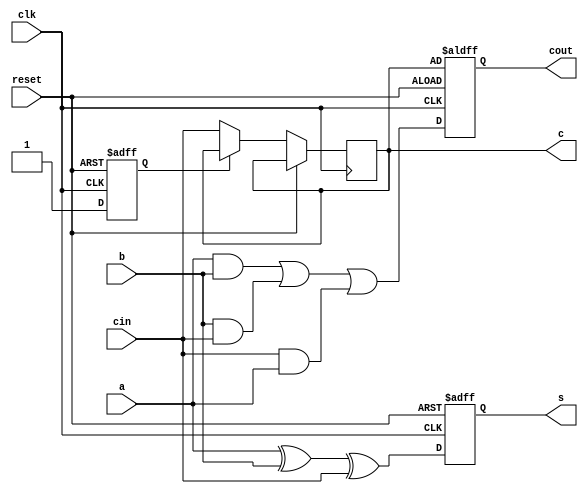
`timescale 1ns / 1ps
//////////////////////////////////////////////////////////////////////////////////
// Company: 
// Engineer: 
// 
// Design Name: 
// Module Name: serial_adder
// Project Name: 
// Target Devices: 
// Tool Versions: 
// Description: 
// 
// Dependencies: 
// 
// Revision:
// Revision 0.01 - File Created
// Additional Comments:
// 
//////////////////////////////////////////////////////////////////////////////////


module serial_adder(
    input clk,
    input reset,
    input a,
    input b,
    input cin,
    output reg s,
    output reg cout,
    output reg c
    );
    reg flag;
    always@(posedge clk or posedge reset)
    begin
    if(reset==1) begin
    s=0;
    cout=c;
    flag=0;
    end else begin
    if(flag==0) begin
    c=cin;
    flag=1;
    end
    cout=0;
    s=a^b^cin;
    cout=(a&b)|(b&cin)|(cin&a);
    end
    end
    
    
endmodule